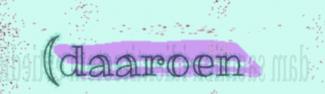
(daaroen